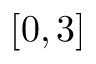
[ 0 , 3 ]